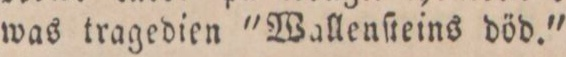
was tragedien "Wallenſteins död."